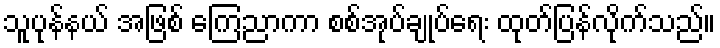
သူပုန်နယ် အဖြစ် ကြေညာကာ စစ်အုပ်ချုပ်ရေး ထုတ်ပြန်လိုက်သည်။